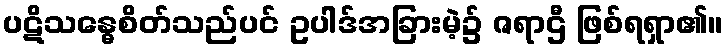
ပဋိသန္ဓေစိတ်သည်ပင် ဥပါဒ်အခြားမဲ့၌ ဇရာဌီ ဖြစ်ရရှာ၏။